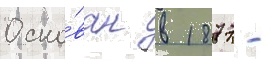
Осно́ван в 1877 -